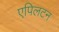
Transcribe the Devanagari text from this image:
एपिलटन